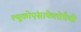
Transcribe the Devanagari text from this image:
ल्यूकोएंसाफेलोपैथी